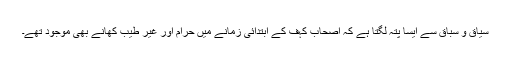
سیاق و سباق سے ایسا پتہ لگتا ہے کہ اصحاب کہف کے ابتدائی زمانے میں حرام اور غیر طیب کھانے بھی موجود تھے۔